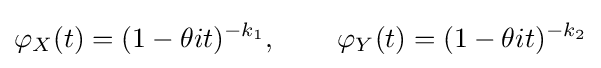
\varphi _{X}(t)=(1-\theta it)^{-k_{1}},\,\qquad \varphi _{Y}(t)=(1-\theta it)^{-k_{2}}